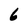
Character: 6